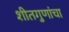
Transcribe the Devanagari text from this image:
शीतगुणांचा